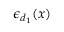
\epsilon _ { d _ { 1 } } ( x )